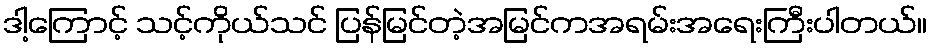
ဒါ့ကြောင့် သင့်ကိုယ်သင် ပြန်မြင်တဲ့အမြင်ကအရမ်းအရေးကြီးပါတယ်။